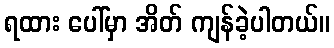
ရထား ပေါ်မှာ အိတ် ကျန်ခဲ့ပါတယ်။